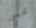
شخص